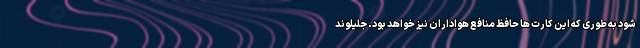
شود به طوری که این کارت ها حافظ منافع هواداران نیز خواهد بود. جلیلوند